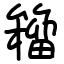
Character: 籕